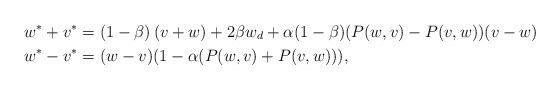
\begin{align*}w^*+v^* &= \left(1-\beta \right)(v+w)+2\beta w_d+\alpha(1-\beta)(P(w,v)-P(v,w))(v-w)\\w^*-v^* &=(w-v)(1-\alpha(P(w,v)+P(v,w))),\end{align*}